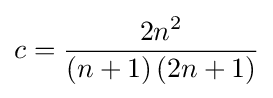
c={\frac {2n^{2}}{\left(n+1\right)\left(2n+1\right)}}